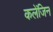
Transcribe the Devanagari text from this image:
कलेंजिन